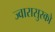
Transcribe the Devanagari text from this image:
ज्वारासुरको